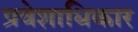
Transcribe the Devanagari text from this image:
प्रवेशाधिकार